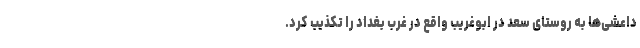
داعشی‌ها به روستای سعد در ابوغریب واقع در غرب بغداد را تکذیب کرد.